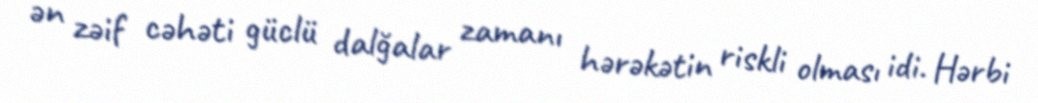
ən zəif cəhəti güclü dalğalar zamanı hərəkətin riskli olması idi. Hərbi